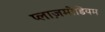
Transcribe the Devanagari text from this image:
प्लाज़मोडियम